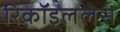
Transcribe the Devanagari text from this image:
रिकॉइललेस